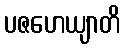
ပဇဟေယျာတိ